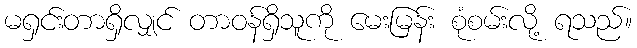
မရှင်းတာရှိလျှင် တာဝန်ရှိသူကို မေးမြန်း စုံစမ်းလို့ ရသည်။